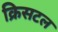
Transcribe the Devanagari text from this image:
क्रिसटल